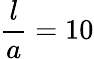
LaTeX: \frac{l}{a}=10